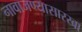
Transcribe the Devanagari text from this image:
नावाजण्यासारखा